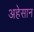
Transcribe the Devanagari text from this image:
अहेसान